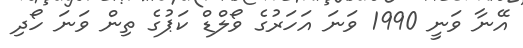
އޭނާ ވަނީ 1990 ވަނަ އަހަރުގެ ވޯލްޑް ކަޕުގެ ތިން ވަނަ ހޯދި